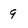
Character: 9